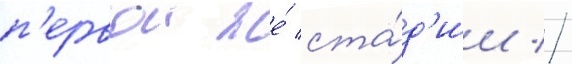
п'ервои же́ ста́д'ии //